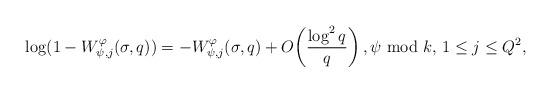
LaTeX: \begin{align*}\log (1-W_{\psi,j}^\varphi(\sigma,q))=-W_{\psi,j}^\varphi(\sigma,q)+O\!\left(\frac{\log^2 q}{q}\right),\psi\hbox{ mod }k, \, 1\leq j\leq Q^2,\end{align*}